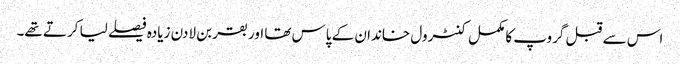
اس سے قبل گروپ کا مکمل کنٹرول خاندان کے پاس تھا اور بقر بن لادن زیادہ فیصلے لیا کرتے تھے۔